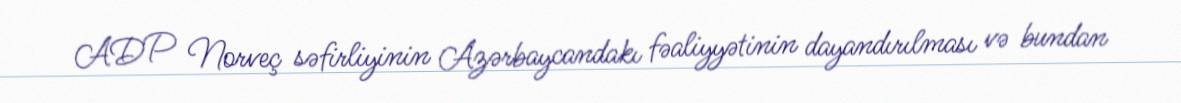
ADP Norveç səfirliyinin Azərbaycandakı fəaliyyətinin dayandırılması və bundan